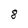
Character: 8